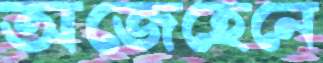
অজেহেনে